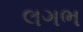
લગભ